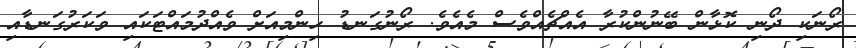
ރޯނަކި ދޯނި ކޮޅާން ބޭނުންކުރާ އެއްޗެއްވެސް މެއެވެ. ރޯނުގަނޑު ހިންމިއަށް ވެއްދުމައްޓަކައި ވަކަރުގަނޑާއި